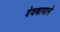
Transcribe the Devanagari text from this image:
देवबापाने